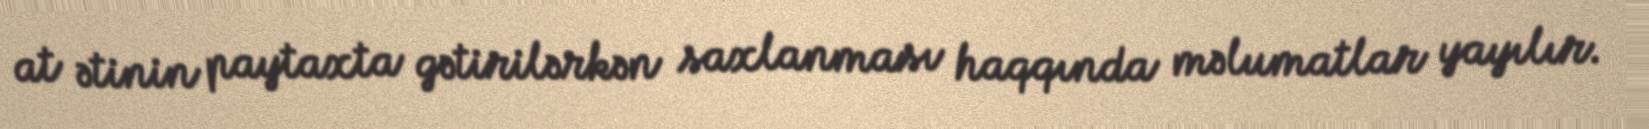
at ətinin paytaxta gətirilərkən saxlanması haqqında məlumatlar yayılır.